Taavet_Bergmanni_abiraha_sihtasutus, lk 13
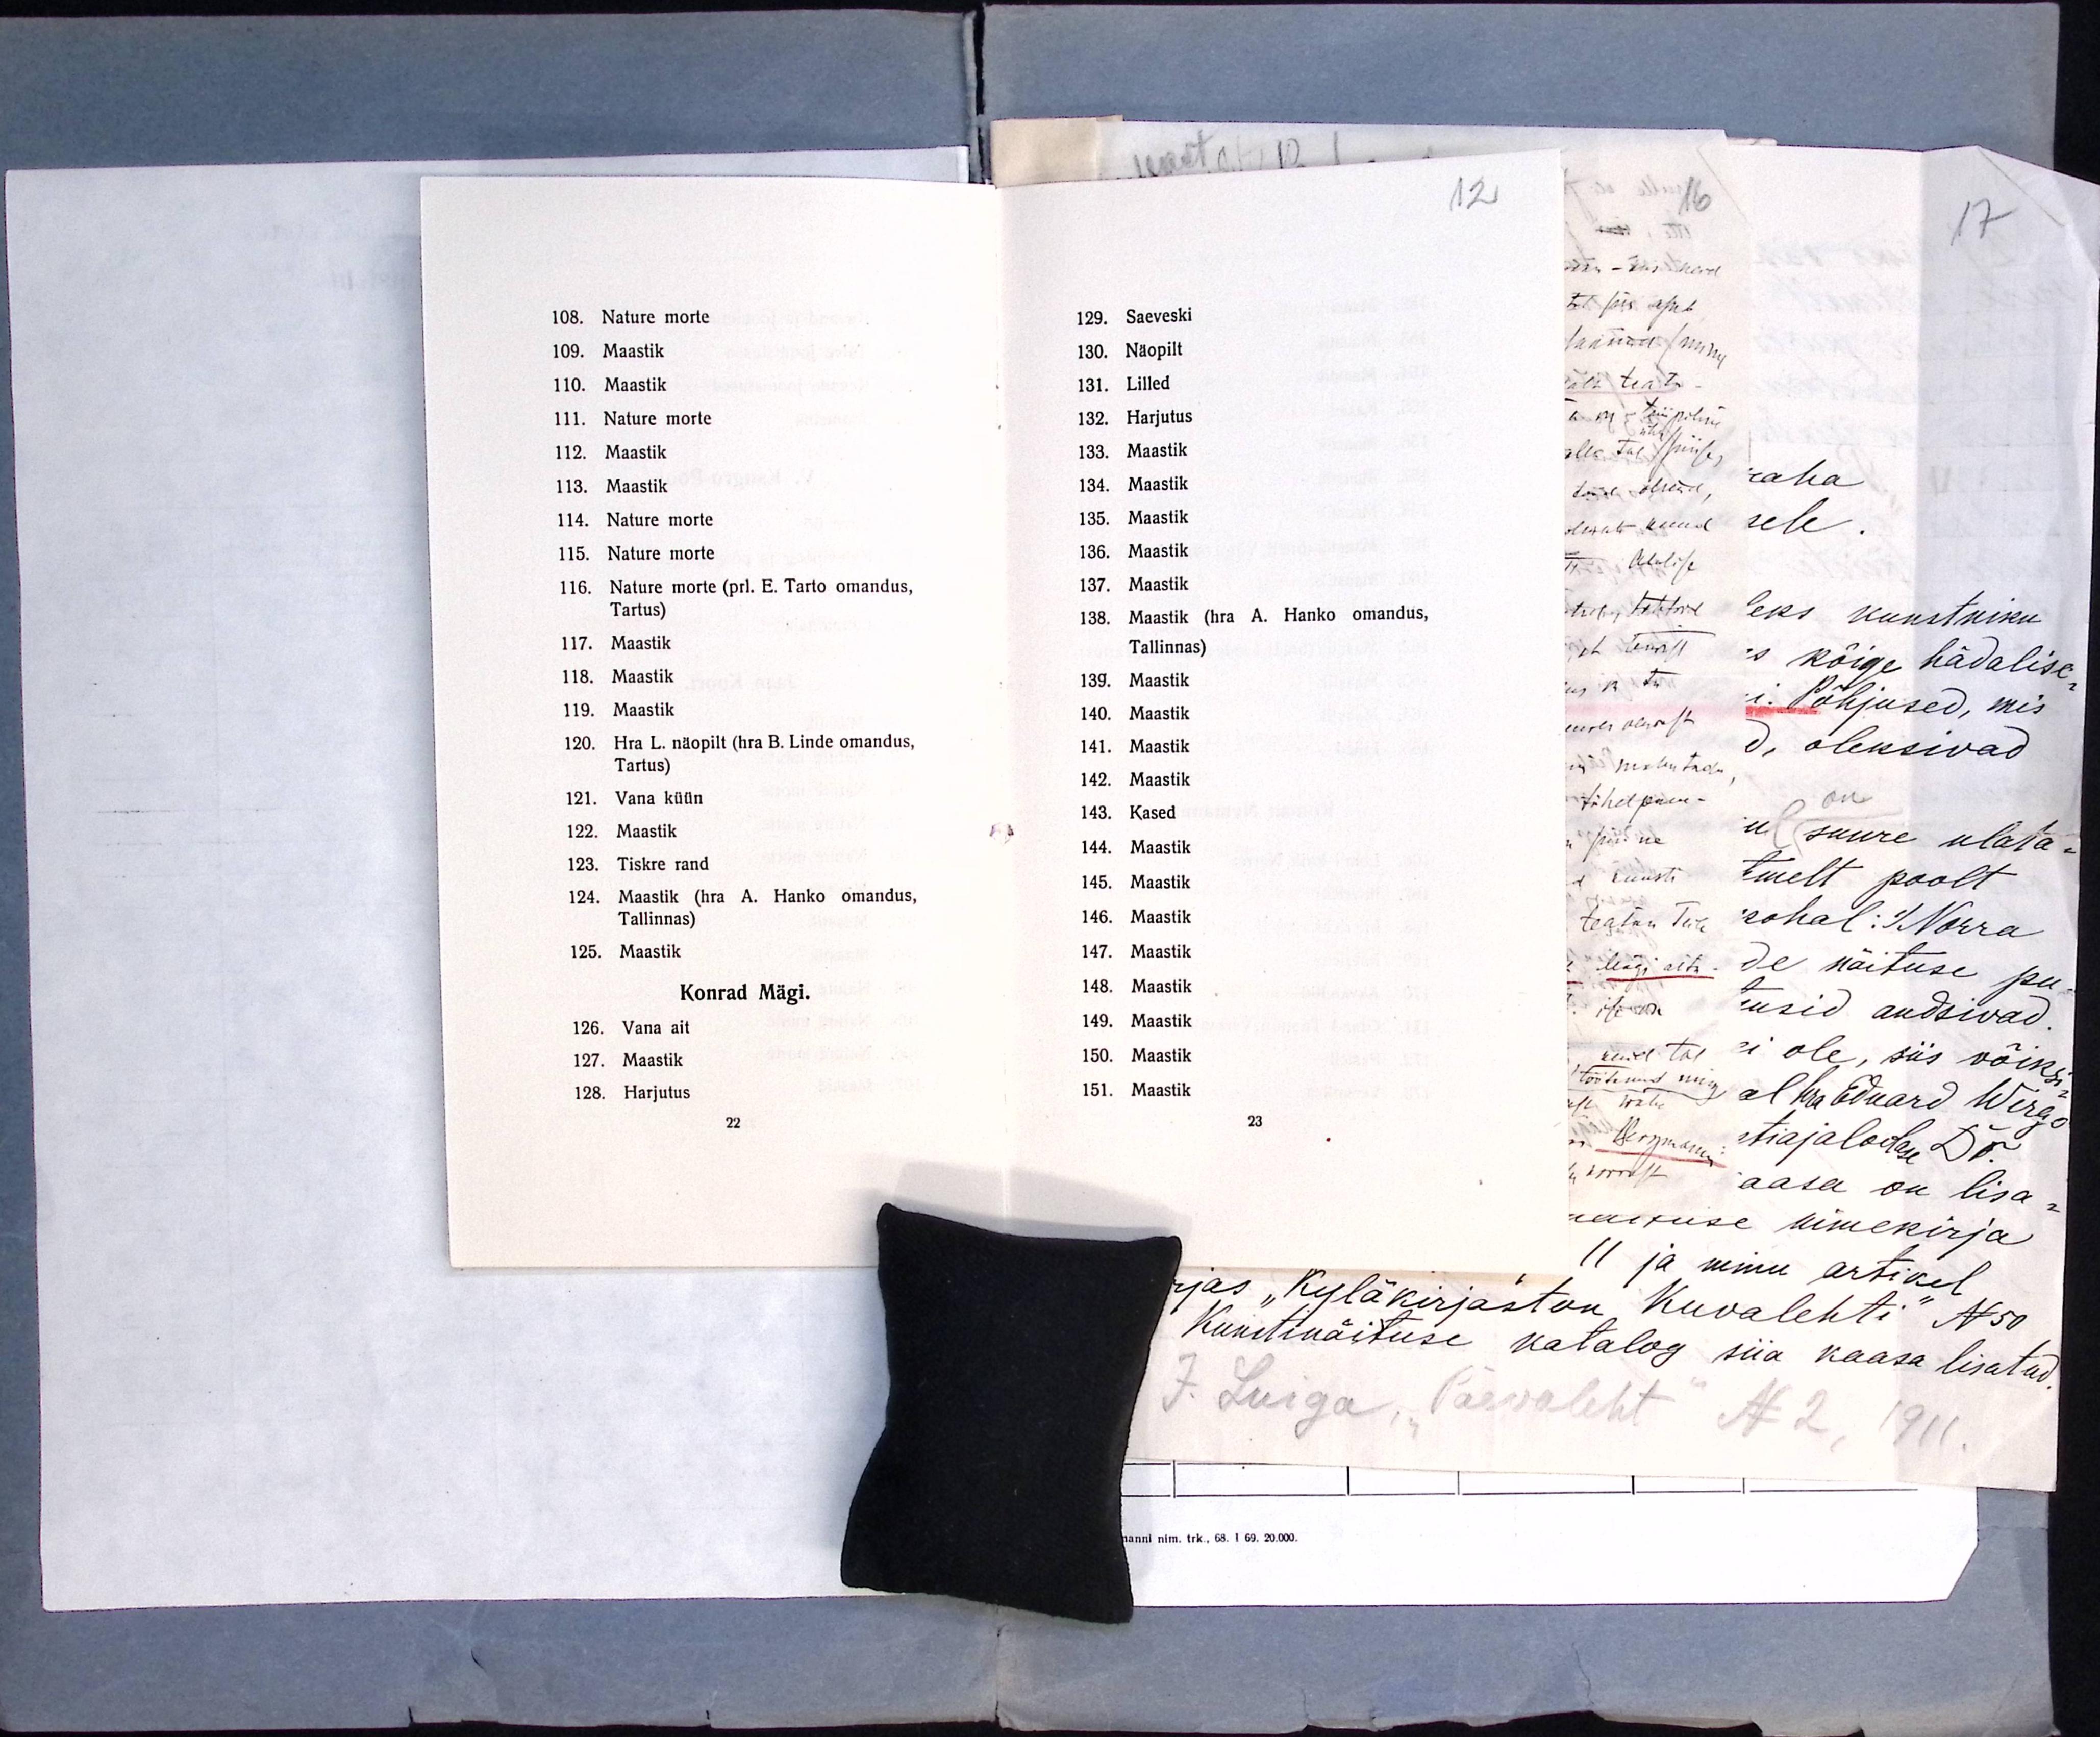
12
129. Saeveski
130. Näopilt
131. Lilled
132. Harjutus
133. Maastik
134. Maastik
135. Maastik
136. Maastik
137. Maastik
138. Maastik (hra A. Hanko omandus,
Tallinnas)
139. Maastik
140. Maastik
141. Maastik
142. Maastik
143. Kased
144. Maastik
145. Maastik
146. Maastik
147. Maastik
148. Maastik
149. Maastik
150. Maastik
151. Maastik
23

108. Nature morte
109. Maastik
110. Maastik
111. Nature morte
112. Maastik
113. Maastik
114. Nature morte
115. Nature morte
116. Nature morte (prl. E. Tarto omandus,
Tartus)
117. Maastik
118. Maastik
119. Maastik
120. Hra L. näopilt (hra B. Linde omandus,
Tartus)
121. Vana küün
122. Maastik
123. Tiskre rand
124. Maastik (hra A. Hanko omandus,
Tallinnas)
125. Maastik
Konrad Mägi.
126. Vana ait
127. Maastik
128. Harjutus
22